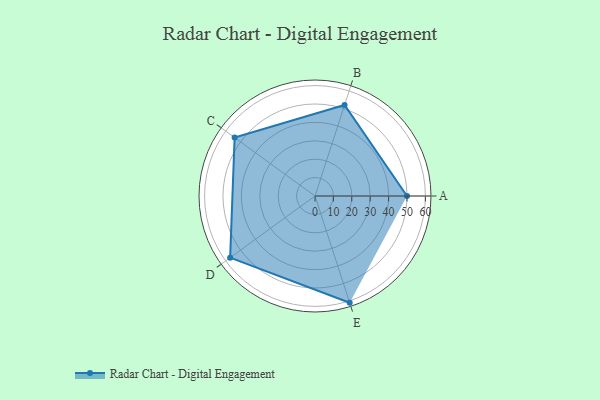
{"axis": {"x": "Skill", "y": "Score"}, "legend": ["Profile"], "data": [{"x": "A", "y": 50.0, "type": "Profile"}, {"x": "B", "y": 52.0, "type": "Profile"}, {"x": "C", "y": 54.0, "type": "Profile"}, {"x": "D", "y": 57.0, "type": "Profile"}, {"x": "E", "y": 61.0, "type": "Profile"}]}